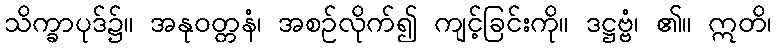
သိက္ခာပုဒ်၌။ အနုဝတ္တနံ၊ အစဉ်လိုက်၍ ကျင့်ခြင်းကို။ ဒဋ္ဌဗ္ဗံ၊ ၏။ ဣတိ၊